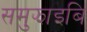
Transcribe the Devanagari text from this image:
समुझाइबि